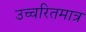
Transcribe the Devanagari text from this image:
उच्चरितमात्र